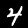
Label: 4